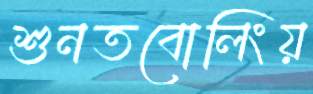
শুনতবোলিংয়